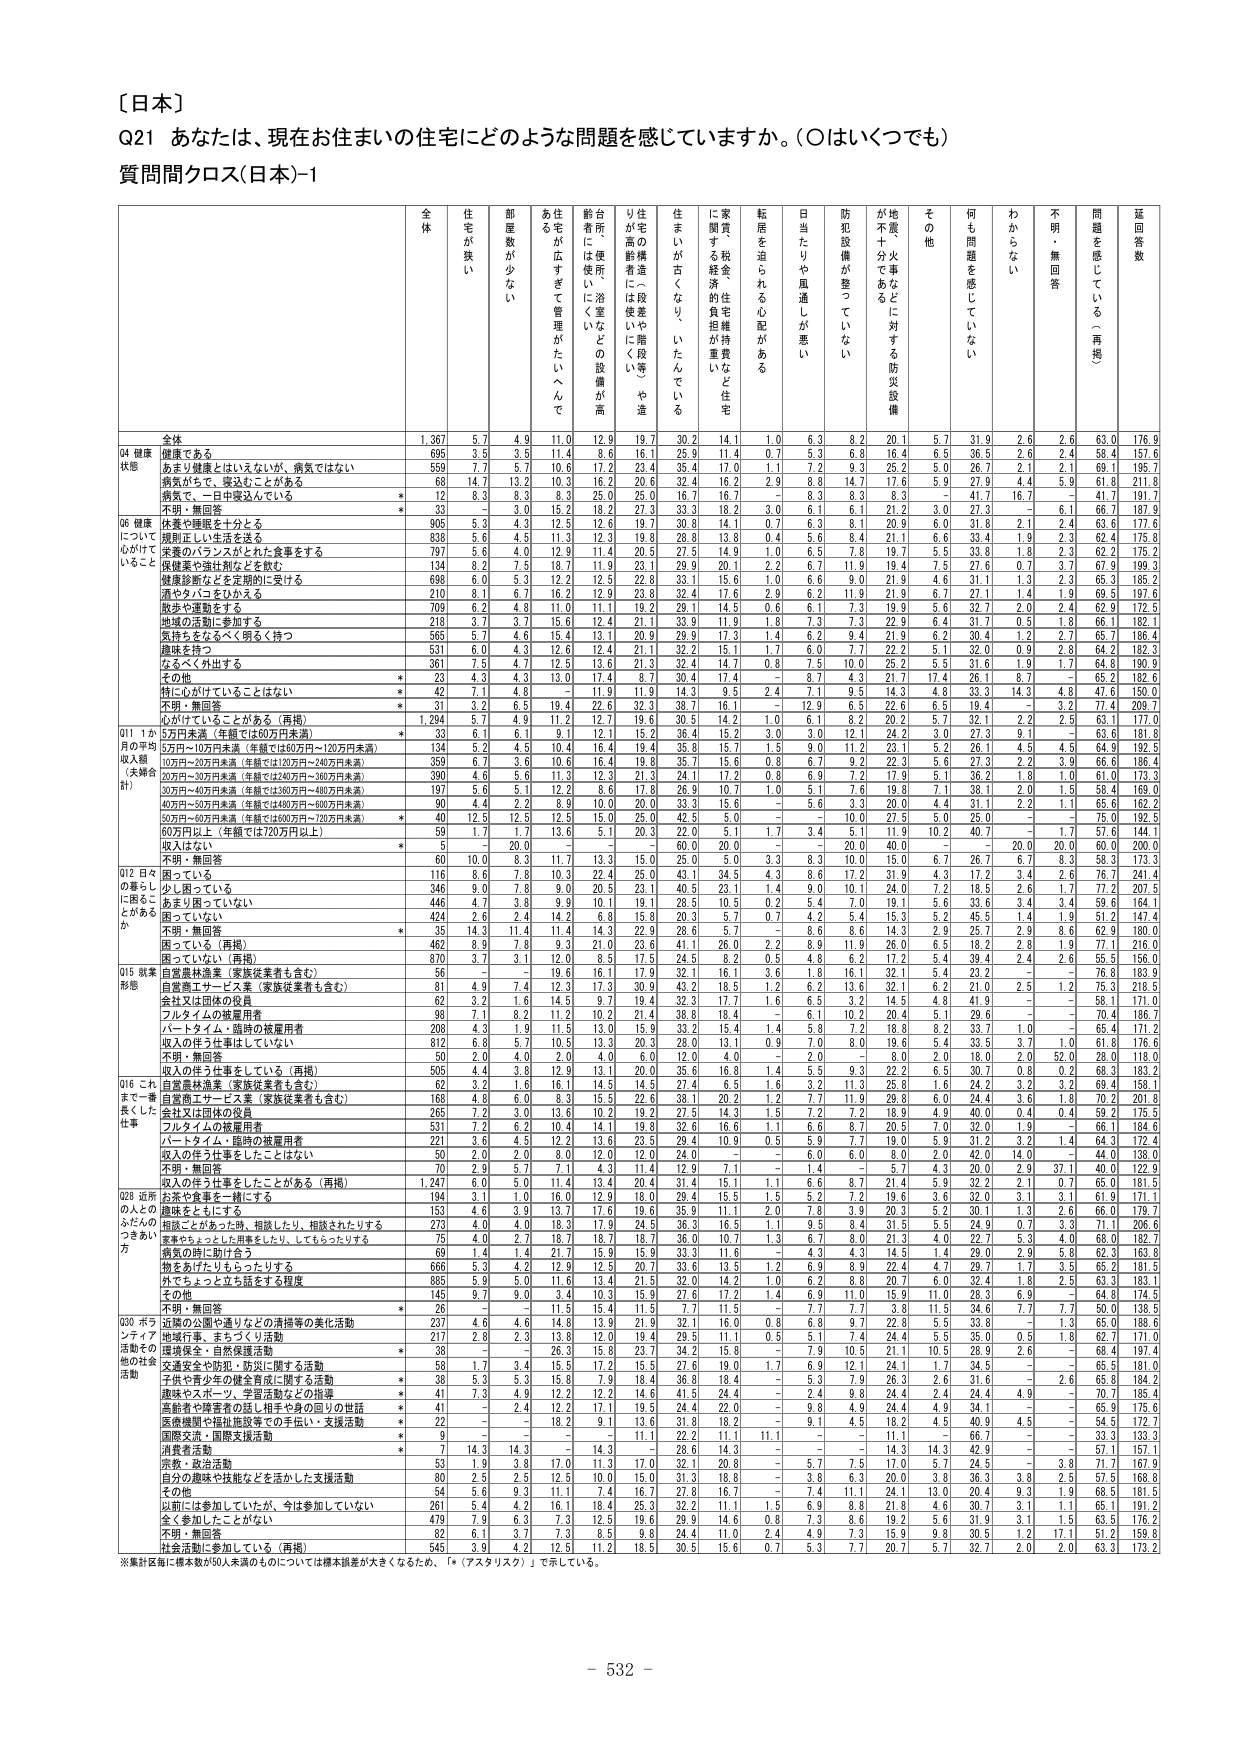
〔日本〕
Q21 あなたは、現在お住まいの住宅にどのような問題を感じていますか。（○はいくつでも）
質問間クロス（日本）-1

全体 住宅が狭い 部屋数が少ない あ住宅が広すぎて管理がたいへんである 新居所には使いにくい浴室などの設備が高価 住宅の構造には段差や階段くいや造りが高齢者に使いにくい 住まいが古くなり、いたんでている に家賃・税金・維持費などの住宅経済的負担が重い 転居を迫られる心配がある 日当たりや風通しが悪い 防犯設備が整っていない 地震・火事などに対する防災設備が不十分である その他 何も問題を感じていない わからない 不明・無回答 問題を感じている（再掲） 延回答数

Q4 健康状態
全体 1,367 5.7 4.9 11.0 12.9 19.7 30.2 14.1 1.0 6.3 8.2 20.1 5.7 31.9 2.6 2.6 63.0 176.9
健康である 695 3.5 3.5 11.4 8.6 16.1 25.9 11.4 0.7 5.3 6.8 16.4 6.5 36.5 2.6 2.4 58.4 157.6
あまり健康とはいえないが、病気ではない 559 7.7 5.7 10.6 17.2 23.4 35.4 17.0 1.1 7.2 9.3 25.2 5.0 26.7 2.1 2.1 69.1 195.7
病気があって、受診ことがある 68 14.7 13.2 10.3 16.2 20.6 32.4 16.2 2.9 8.8 14.7 17.6 5.9 27.9 4.4 5.9 61.8 211.8
病気で、一日中寝込んでいいる * 12 8.3 8.3 8.3 25.0 25.0 16.7 16.7 – 8.3 8.3 8.3 – 41.7 16.7 – 41.7 191.7
不明・無回答 * 30 – 3.0 15.2 18.2 27.3 33.3 18.2 3.0 6.1 6.1 21.2 3.0 27.3 – 6.1 66.7 187.9

Q6 健康について心がけていること
休養や睡眠を十分とる 905 5.3 4.3 12.5 12.6 19.7 30.8 14.1 0.7 6.3 8.1 20.9 6.0 31.8 2.1 2.4 63.6 177.6
規則正しい生活を送る 838 5.6 4.5 11.3 12.3 19.8 28.8 13.8 0.4 5.6 8.4 21.1 6.6 33.4 1.9 2.3 62.4 175.8
栄養のバランスがとれた食事をする 797 5.6 4.0 12.9 11.4 20.5 27.5 14.9 1.0 6.5 7.8 19.7 5.5 33.8 1.8 2.3 62.2 175.2
保健薬や維持剤などを飲む 134 8.2 7.5 18.7 11.9 23.1 29.9 20.1 2.2 6.7 11.9 19.4 7.5 27.6 0.7 3.7 67.9 199.3
健康診断などを定期的に受ける 698 6.0 5.3 12.2 12.5 22.8 33.1 15.6 1.0 6.6 9.0 21.9 4.6 31.1 1.3 2.3 65.3 185.2
酒やタバコをひかえる 210 8.1 6.7 16.2 12.9 23.8 32.4 17.6 2.9 6.2 11.9 21.9 6.7 27.1 1.4 1.9 69.5 197.6
散歩や運動をする 709 6.2 4.8 11.0 11.1 19.2 29.1 14.5 0.6 6.1 7.3 19.9 5.6 32.7 2.0 2.4 62.9 172.5
地域の活動に参加する 213 3.7 3.7 11.5 12.4 21.7 33.9 11.9 1.8 7.3 7.3 22.9 6.4 31.7 0.5 1.8 62.9 182.8
気持ちをるるく明るく持つ 565 5.7 4.6 15.4 13.1 20.9 29.9 17.3 1.4 6.2 9.4 21.8 6.2 30.4 1.2 2.7 65.7 186.4
趣味を持つ 531 6.0 4.3 12.6 12.4 21.1 32.2 15.1 1.7 6.0 7.7 22.2 5.1 32.0 0.9 2.8 64.2 182.3
なるべく外出する 361 7.5 4.7 12.5 13.6 21.3 32.4 14.7 0.8 7.5 10.0 25.2 5.5 31.6 1.9 1.7 64.8 190.9
その他 * 23 4.3 4.3 13.0 17.4 8.7 30.4 17.4 – 8.7 4.3 21.7 17.4 26.1 8.7 – 65.2 182.6
特に心がけていることはない * 42 7.1 4.8 – 11.9 11.9 14.3 9.5 2.4 7.1 9.5 14.3 4.8 33.3 14.3 4.8 47.6 150.0
不明・無回答 * 31 3.2 6.5 19.4 22.6 32.3 38.7 16.1 – 12.9 6.5 22.6 6.5 19.4 – 3.2 77.4 209.7
心がけていることがある（再掲） 1,294 5.7 4.9 11.2 12.7 19.6 30.5 14.2 1.0 6.1 8.2 20.2 5.7 32.1 2.2 2.5 63.1 177.0

Q11 1か月の平均収入額（実績合計）
5万円未満（年額では60万円未満） * 33 6.1 6.1 9.1 12.1 15.2 36.4 15.2 3.0 3.0 12.1 24.2 3.0 27.3 9.1 – 63.6 181.8
5万円～10万円未満（年額では60万円～120万円未満） 124 5.2 4.5 10.4 16.4 19.4 35.8 15.7 1.5 9.0 11.2 23.1 5.2 26.1 4.5 4.5 64.9 192.5
10万円～20万円未満（年額では120万円～240万円未満） 359 6.7 3.6 10.6 16.4 19.8 35.7 15.6 0.8 6.7 9.2 22.3 5.6 27.3 2.2 3.9 66.6 186.4
20万円～30万円未満（年額では240万円～360万円未満） 390 4.6 5.6 11.3 12.3 21.3 24.1 17.2 0.8 6.9 7.2 17.9 5.1 36.2 1.8 1.0 61.0 173.3
30万円～40万円未満（年額では360万円～480万円未満） 197 5.6 5.1 12.2 8.6 17.8 26.9 10.7 1.0 5.1 7.6 19.8 7.1 38.1 2.0 1.5 58.4 169.0
40万円～50万円未満（年額では480万円～600万円未満） 90 4.4 2.2 6.9 10.0 20.0 33.3 15.6 – 5.6 3.3 20.0 4.4 31.1 2.2 1.1 65.6 162.2
50万円～60万円未満（年額では600万円～720万円未満） * 40 12.5 12.5 12.5 15.0 25.0 42.5 5.0 – – 10.0 27.5 5.0 25.0 – – 75.0 192.5
60万円以上（年額では720万円以上） 59 1.7 1.7 15.6 5.1 20.3 22.0 5.1 1.7 3.4 5.1 11.9 10.2 40.7 – 1.7 57.6 144.1
収入はない * 5 – 20.0 – – – 60.0 20.0 – – 20.0 40.0 – – 20.0 20.0 60.0 200.0
不明・無回答 60 10.0 8.3 11.7 13.3 15.0 25.0 5.0 3.3 8.3 10.0 15.0 6.7 26.7 6.7 8.3 58.3 173.3

Q12 日々の暮らしに困ることがあるか
困っている 116 8.6 7.8 10.3 22.4 25.0 43.1 34.5 4.3 8.6 17.2 31.9 4.3 17.2 3.4 2.6 76.7 241.4
少し困っている 346 9.0 7.8 9.0 20.5 23.1 40.5 23.1 1.4 9.0 10.1 24.0 7.2 18.5 2.6 1.7 77.2 207.5
あまり困っていない 446 4.7 3.8 9.9 10.1 19.1 28.5 10.5 0.2 5.4 7.0 19.1 5.6 33.6 3.4 3.4 59.6 164.1
困っていない 424 2.6 2.4 14.2 6.8 15.8 20.3 5.7 0.7 4.2 5.4 15.3 5.2 45.5 1.4 1.9 51.2 147.4
不明・無回答 * 35 14.3 11.4 11.4 14.3 22.9 28.6 5.7 – 8.6 8.6 14.3 2.9 25.7 2.9 8.6 62.9 180.0
困っている（再掲） 462 8.9 7.8 9.3 21.0 23.6 41.1 26.0 2.2 8.9 11.9 26.0 6.5 18.2 2.8 1.9 77.1 216.0
困っていない（再掲） 870 3.7 3.1 12.0 8.5 17.5 24.5 8.2 0.5 4.8 6.2 17.2 5.4 39.4 2.4 2.6 55.3 156.0

Q15 就業形態
自営農林漁業（家族従業者も含む） 56 – – 19.8 16.1 17.9 32.1 16.1 3.6 1.8 16.1 32.1 5.4 22.2 – – 78.9 183.9
自営商工サービス業（家族従業者も含む） 81 4.9 7.4 12.3 17.3 30.9 43.2 18.5 1.2 6.2 13.6 32.1 6.2 21.0 2.5 1.2 75.3 218.5
会社又は団体の役員 62 3.2 1.6 14.5 9.7 19.4 32.3 17.7 1.6 6.5 3.2 14.5 4.8 41.9 – – 58.1 171.0
フルタイムの被雇用者 98 7.1 8.2 11.2 10.2 21.4 38.8 18.4 – 6.1 10.2 20.4 5.1 29.6 – – 70.4 186.7
パートタイム・臨時の被雇用者 208 4.3 1.9 11.5 13.0 15.9 33.2 15.4 1.4 5.8 7.2 18.8 8.2 33.7 1.0 – 65.4 171.2
収入のほう仕事をしていない 812 6.8 5.7 10.5 13.3 20.3 28.0 13.1 0.9 7.0 8.0 19.6 5.4 33.5 3.7 1.0 61.8 176.6
不明・無回答 50 2.0 4.0 2.0 4.0 6.0 12.0 4.0 – 2.0 – 8.0 2.0 18.0 2.0 52.0 28.0 118.0
収入のほう仕事をしている（再掲） 505 4.4 3.8 12.9 13.1 20.0 35.6 16.8 1.4 5.5 9.3 22.2 6.5 30.7 0.8 0.2 68.3 183.2
自営農林漁業（家族従業者も含む） 62 3.2 1.6 16.1 14.5 14.5 27.4 6.5 1.6 3.2 11.3 25.8 1.6 24.2 3.2 3.2 69.4 186.1
自営商工サービス業（家族従業者も含む） 166 4.8 6.0 8.3 15.5 22.6 38.1 20.3 1.2 7.7 11.9 29.8 6.0 24.4 3.6 1.8 70.2 201.8
会社又は団体の役員 265 7.2 3.0 13.6 10.2 19.2 27.5 14.3 1.5 7.2 7.2 18.9 4.9 40.0 0.4 0.4 59.2 175.5
フルタイムの被雇用者 531 7.2 6.2 10.4 14.1 19.8 32.6 16.6 1.1 6.6 8.7 20.5 7.0 32.0 1.9 – 66.1 184.6
パートタイム・臨時の被雇用者 221 3.6 4.5 12.2 13.6 23.5 29.4 10.9 0.5 5.9 7.7 19.0 5.9 31.2 3.2 1.4 64.3 172.4
収入のほう仕事をしたことはない 50 2.0 2.0 8.0 12.0 12.0 24.0 – – 6.0 6.0 8.0 2.0 42.0 14.0 – 44.0 138.0
不明・無回答 70 2.9 5.7 7.1 4.3 11.4 12.9 7.1 – 1.4 – 5.7 4.3 20.0 2.9 37.1 40.0 122.9
収入のほう仕事をしたことがある（再掲） 1,247 6.0 5.0 11.4 13.4 20.4 31.4 15.1 1.1 6.6 8.7 21.4 5.9 32.2 2.1 0.7 65.0 181.5

Q28 近所の人とのふれあい方
近所や公園や通りなどの清掃等の美化活動 194 3.1 1.0 16.0 12.9 18.0 29.4 15.5 1.5 5.2 7.2 19.6 3.6 32.0 3.1 3.1 61.9 171.1
地域をとじにする 153 4.6 3.9 13.7 17.6 19.6 35.9 11.1 2.0 7.8 3.9 20.3 5.2 30.1 1.3 2.6 66.0 179.7
相談ごとがあった時、相談したり、相談されたりする 273 4.0 4.0 18.3 17.9 24.5 36.3 16.5 1.1 9.5 8.4 31.5 5.5 24.9 0.7 3.3 71.1 206.6
家族やちょっとした用事をしたり、しそれたりする 75 4.0 2.7 18.7 18.7 18.7 36.0 10.7 1.3 6.7 8.0 21.3 4.0 22.7 5.3 4.0 68.0 182.7
病気の時に助け合う 69 1.4 1.4 21.7 15.9 15.9 33.3 11.6 – 4.3 4.3 14.5 1.4 29.0 2.9 5.8 62.3 163.8
物をあげたりもらったりする 666 5.3 4.2 12.9 12.5 20.7 33.6 13.5 1.2 6.9 8.9 22.4 4.7 29.7 1.7 3.5 65.2 181.5
外でちょっと立ち話をする程度 885 5.9 5.0 11.6 13.4 21.5 32.0 14.2 1.0 6.2 8.8 20.7 6.0 32.4 1.8 2.5 63.3 183.1
その他 145 9.7 9.0 3.4 10.3 15.9 27.6 17.2 1.4 6.9 11.0 15.9 11.0 28.3 6.9 – 64.8 174.5
不明・無回答 * 26 – – 11.5 15.4 11.5 17.1 11.5 – 7.7 7.7 3.8 11.5 34.6 7.7 7.7 50.0 138.5

Q30 ボランティア活動その他の社会活動
近隣の公園や通りなどの清掃等の美化活動 237 4.6 4.6 14.8 13.9 21.9 32.9 16.0 0.8 6.8 9.7 22.8 5.5 23.9 – 1.3 63.9 188.6
地域行事、まちづくり活動 217 2.8 2.3 13.8 12.0 19.4 29.5 11.1 0.5 5.1 7.4 24.4 5.5 35.0 0.5 1.8 62.7 171.0
環境保全・自然保護活動 * 38 – – 26.3 15.8 23.7 34.2 15.8 – 7.9 10.5 21.1 10.5 28.9 2.6 – 68.4 197.4
交通安全や防犯・防災に関する活動 58 1.7 3.4 15.5 17.2 15.5 27.6 19.0 1.7 6.9 12.1 24.1 1.7 34.5 – – 65.5 181.0
子供や青少年の健全育成に関する活動 * 38 5.3 5.3 15.8 7.9 18.4 36.8 18.4 – 5.3 7.9 26.3 2.6 31.6 – 2.6 65.8 184.2
趣味やスポーツ、学習活動などの指導 * 41 7.3 4.9 12.2 12.2 14.6 41.5 24.4 – 2.4 9.8 24.4 2.4 24.4 4.9 – 70.7 185.4
高齢者や障害者の話し相手や身の回りの世話 * 41 – 2.4 12.2 17.1 19.5 24.4 22.0 – 9.8 4.9 24.4 4.9 34.1 – – 65.9 175.6
医療機関や福祉施設等での手伝い・支援活動 * 22 – – 18.2 9.1 13.6 31.8 18.2 – 9.1 4.5 18.2 4.5 40.9 4.5 – 54.5 172.7
国際交流・国際支援活動 * 9 – – – – 11.1 22.2 11.1 11.1 – – 11.1 – 66.7 – – 33.3 133.3
消費者活動 * 7 14.3 14.3 – 14.3 – 28.6 14.3 – – 14.3 14.3 – 42.9 – – 57.1 157.1
宗教・政治活動 53 1.9 3.8 17.0 11.3 17.0 32.1 20.8 – 5.7 7.5 17.0 5.7 24.5 – 3.8 71.7 167.9
自分の趣味や技能などを活かした支援活動 80 2.5 2.5 12.5 10.0 15.0 31.3 18.8 – 3.8 6.3 20.0 3.8 36.3 3.8 2.5 57.5 168.8
その他 54 5.6 9.3 11.1 7.4 16.7 27.8 16.7 – 7.4 11.1 24.1 13.0 20.4 9.3 1.9 68.5 181.5
以前には参加していたが、今は参加していない 261 5.4 4.2 16.1 18.4 25.3 32.2 11.1 1.5 6.9 8.8 21.8 4.6 30.7 3.1 1.1 65.1 191.2
全く参加したことがない 479 7.9 6.3 7.3 12.5 19.6 29.9 14.6 0.8 7.3 8.6 19.2 5.6 31.9 3.1 1.5 63.5 176.2
不明・無回答 82 6.1 3.7 7.3 8.5 9.8 24.4 11.0 2.4 4.9 7.3 15.9 9.8 30.5 1.2 17.1 51.2 159.8
社会活動に参加している（再掲） 545 3.9 4.2 12.5 11.2 18.5 30.5 15.6 0.7 5.3 7.7 20.7 5.7 32.7 2.0 2.0 63.3 173.2

※集計区毎に標本数が50人未満のものについては標本誤差が大きくなるため、「*（アスタリスク）」で示している。

- 532 -